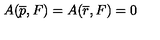
A ( \overline { { p } } , F ) = A ( \overline { { r } } , F ) = 0